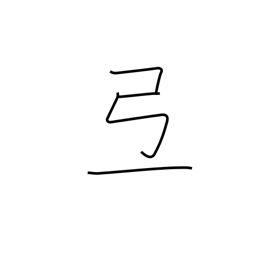
Meaning: phoneme only